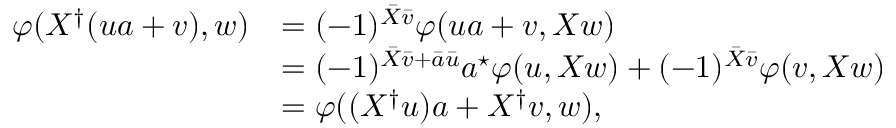
\begin{array} { r l } { \varphi ( X ^ { \dagger } ( u a + v ) , w ) } & { = ( - 1 ) ^ { \bar { X } \bar { v } } \varphi ( u a + v , X w ) } \\ & { = ( - 1 ) ^ { \bar { X } \bar { v } + \bar { a } \bar { u } } a ^ { \star } \varphi ( u , X w ) + ( - 1 ) ^ { \bar { X } \bar { v } } \varphi ( v , X w ) } \\ & { = \varphi ( ( X ^ { \dagger } u ) a + X ^ { \dagger } v , w ) , } \end{array}